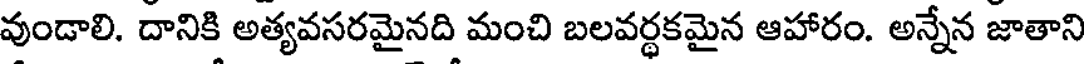
వుండాలి. దానికి అత్యవసరమైనది మంచి బలవర్థకమైన ఆహారం. అన్నేన జాతాని